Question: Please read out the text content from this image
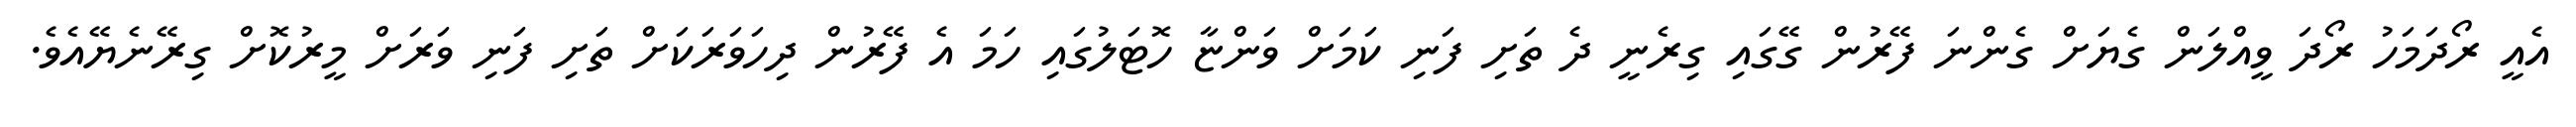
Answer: އެއީ ރޯދަމަހު ރޯދަ ވީއްލަން ގެޔަށް ގެންނަ ފޭރުން ގޭގައި ގިރެނީ ދެ ތަށި ފަނި ކަމަށް ވަންޏާ ހޮޓަލުގައި ހަމަ އެ ފޭރުން ދިހަވަރަކަށް ތަށި ފަނި ވަރަށް މީރުކޮށް ގިރޭނެޔޭއެވެ.